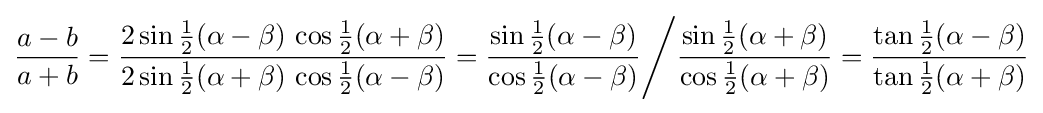
{\frac {a-b}{a+b}}={\frac {2\sin {\tfrac {1}{2}}(\alpha -\beta )\,\cos {\tfrac {1}{2}}(\alpha +\beta )}{2\sin {\tfrac {1}{2}}(\alpha +\beta )\,\cos {\tfrac {1}{2}}(\alpha -\beta )}}={\frac {\sin {\tfrac {1}{2}}(\alpha -\beta )}{\cos {\tfrac {1}{2}}(\alpha -\beta )}}{\Bigg /}{\frac {\sin {\tfrac {1}{2}}(\alpha +\beta )}{\cos {\tfrac {1}{2}}(\alpha +\beta )}}={\frac {\tan {\tfrac {1}{2}}(\alpha -\beta )}{\tan {\tfrac {1}{2}}(\alpha +\beta )}}